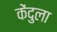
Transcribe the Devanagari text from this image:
केंदुला